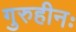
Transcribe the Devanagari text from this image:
गुरुहीनः